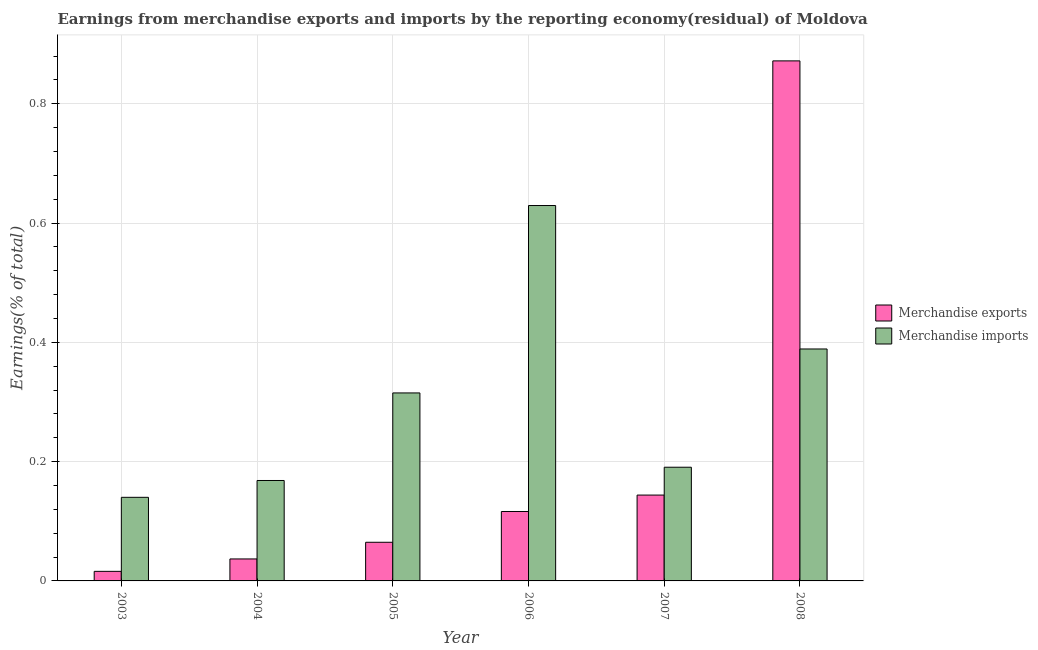
| Year | Merchandise exports | Merchandise imports |
 | --- | --- | --- |
 | 2003 | 0.016 | 0.14 |
 | 2004 | 0.0369 | 0.168 |
 | 2005 | 0.0648 | 0.315 |
 | 2006 | 0.116 | 0.629 |
 | 2007 | 0.144 | 0.191 |
 | 2008 | 0.872 | 0.389 |